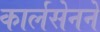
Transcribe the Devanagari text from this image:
कार्लसेनने